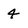
Character: 4